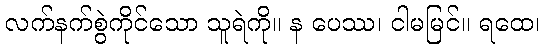
လက်နက်စွဲကိုင်သော သူရဲကို။ န ပေဿ၊ ငါမမြင်။ ရထေ၊